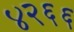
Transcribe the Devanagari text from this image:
४२६६